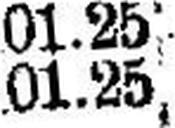
101.25